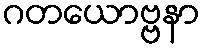
ဂတယောဗ္ဗနာ